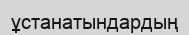
ұстанатындардың